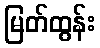
မြတ်ထွန်း